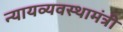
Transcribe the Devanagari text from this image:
न्यायव्यवस्थामंत्री